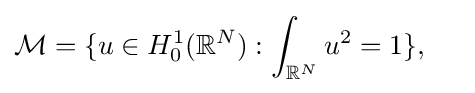
{\mathcal {M}}=\{u\in H_{0}^{1}(\mathbb {R} ^{N}):\int _{\mathbb {R} ^{N}}u^{2}=1\},\ \ \ \